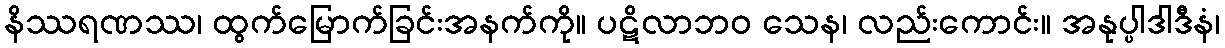
နိဿရဏဿ၊ ထွက်မြောက်ခြင်းအနက်ကို။ ပဋိလာဘဝ သေန၊ လည်းကောင်း။ အနုပ္ပါဒါဒီနံ၊